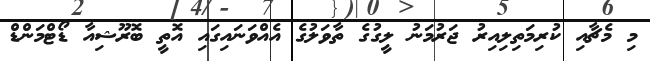
މި މެޗާއި ކުރިމަތިލިއިރު ޖަރުމަނު ލީގުގެ ތާވަލުގެ އެއްވަނައިގައި އޮތީ ބޮރޫޝިއާ ޑޯޓްމަންޑް